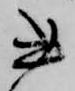
書